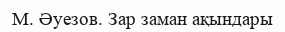
М. Әуезов. Зар заман ақындары